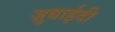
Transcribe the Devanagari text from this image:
ज़ुबाईदी